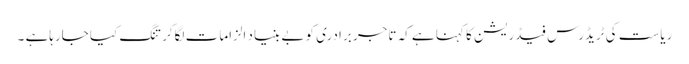
ریاست کی ٹریڈرس فیڈریشن کا کہنا ہے کہ تاجر برادری کو بے بنیاد الزامات لگاکر تنگ کیا جارہاہے ۔